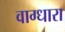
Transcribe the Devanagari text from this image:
वाग्धारा